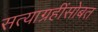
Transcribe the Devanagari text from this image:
सत्याग्रहींसोबत